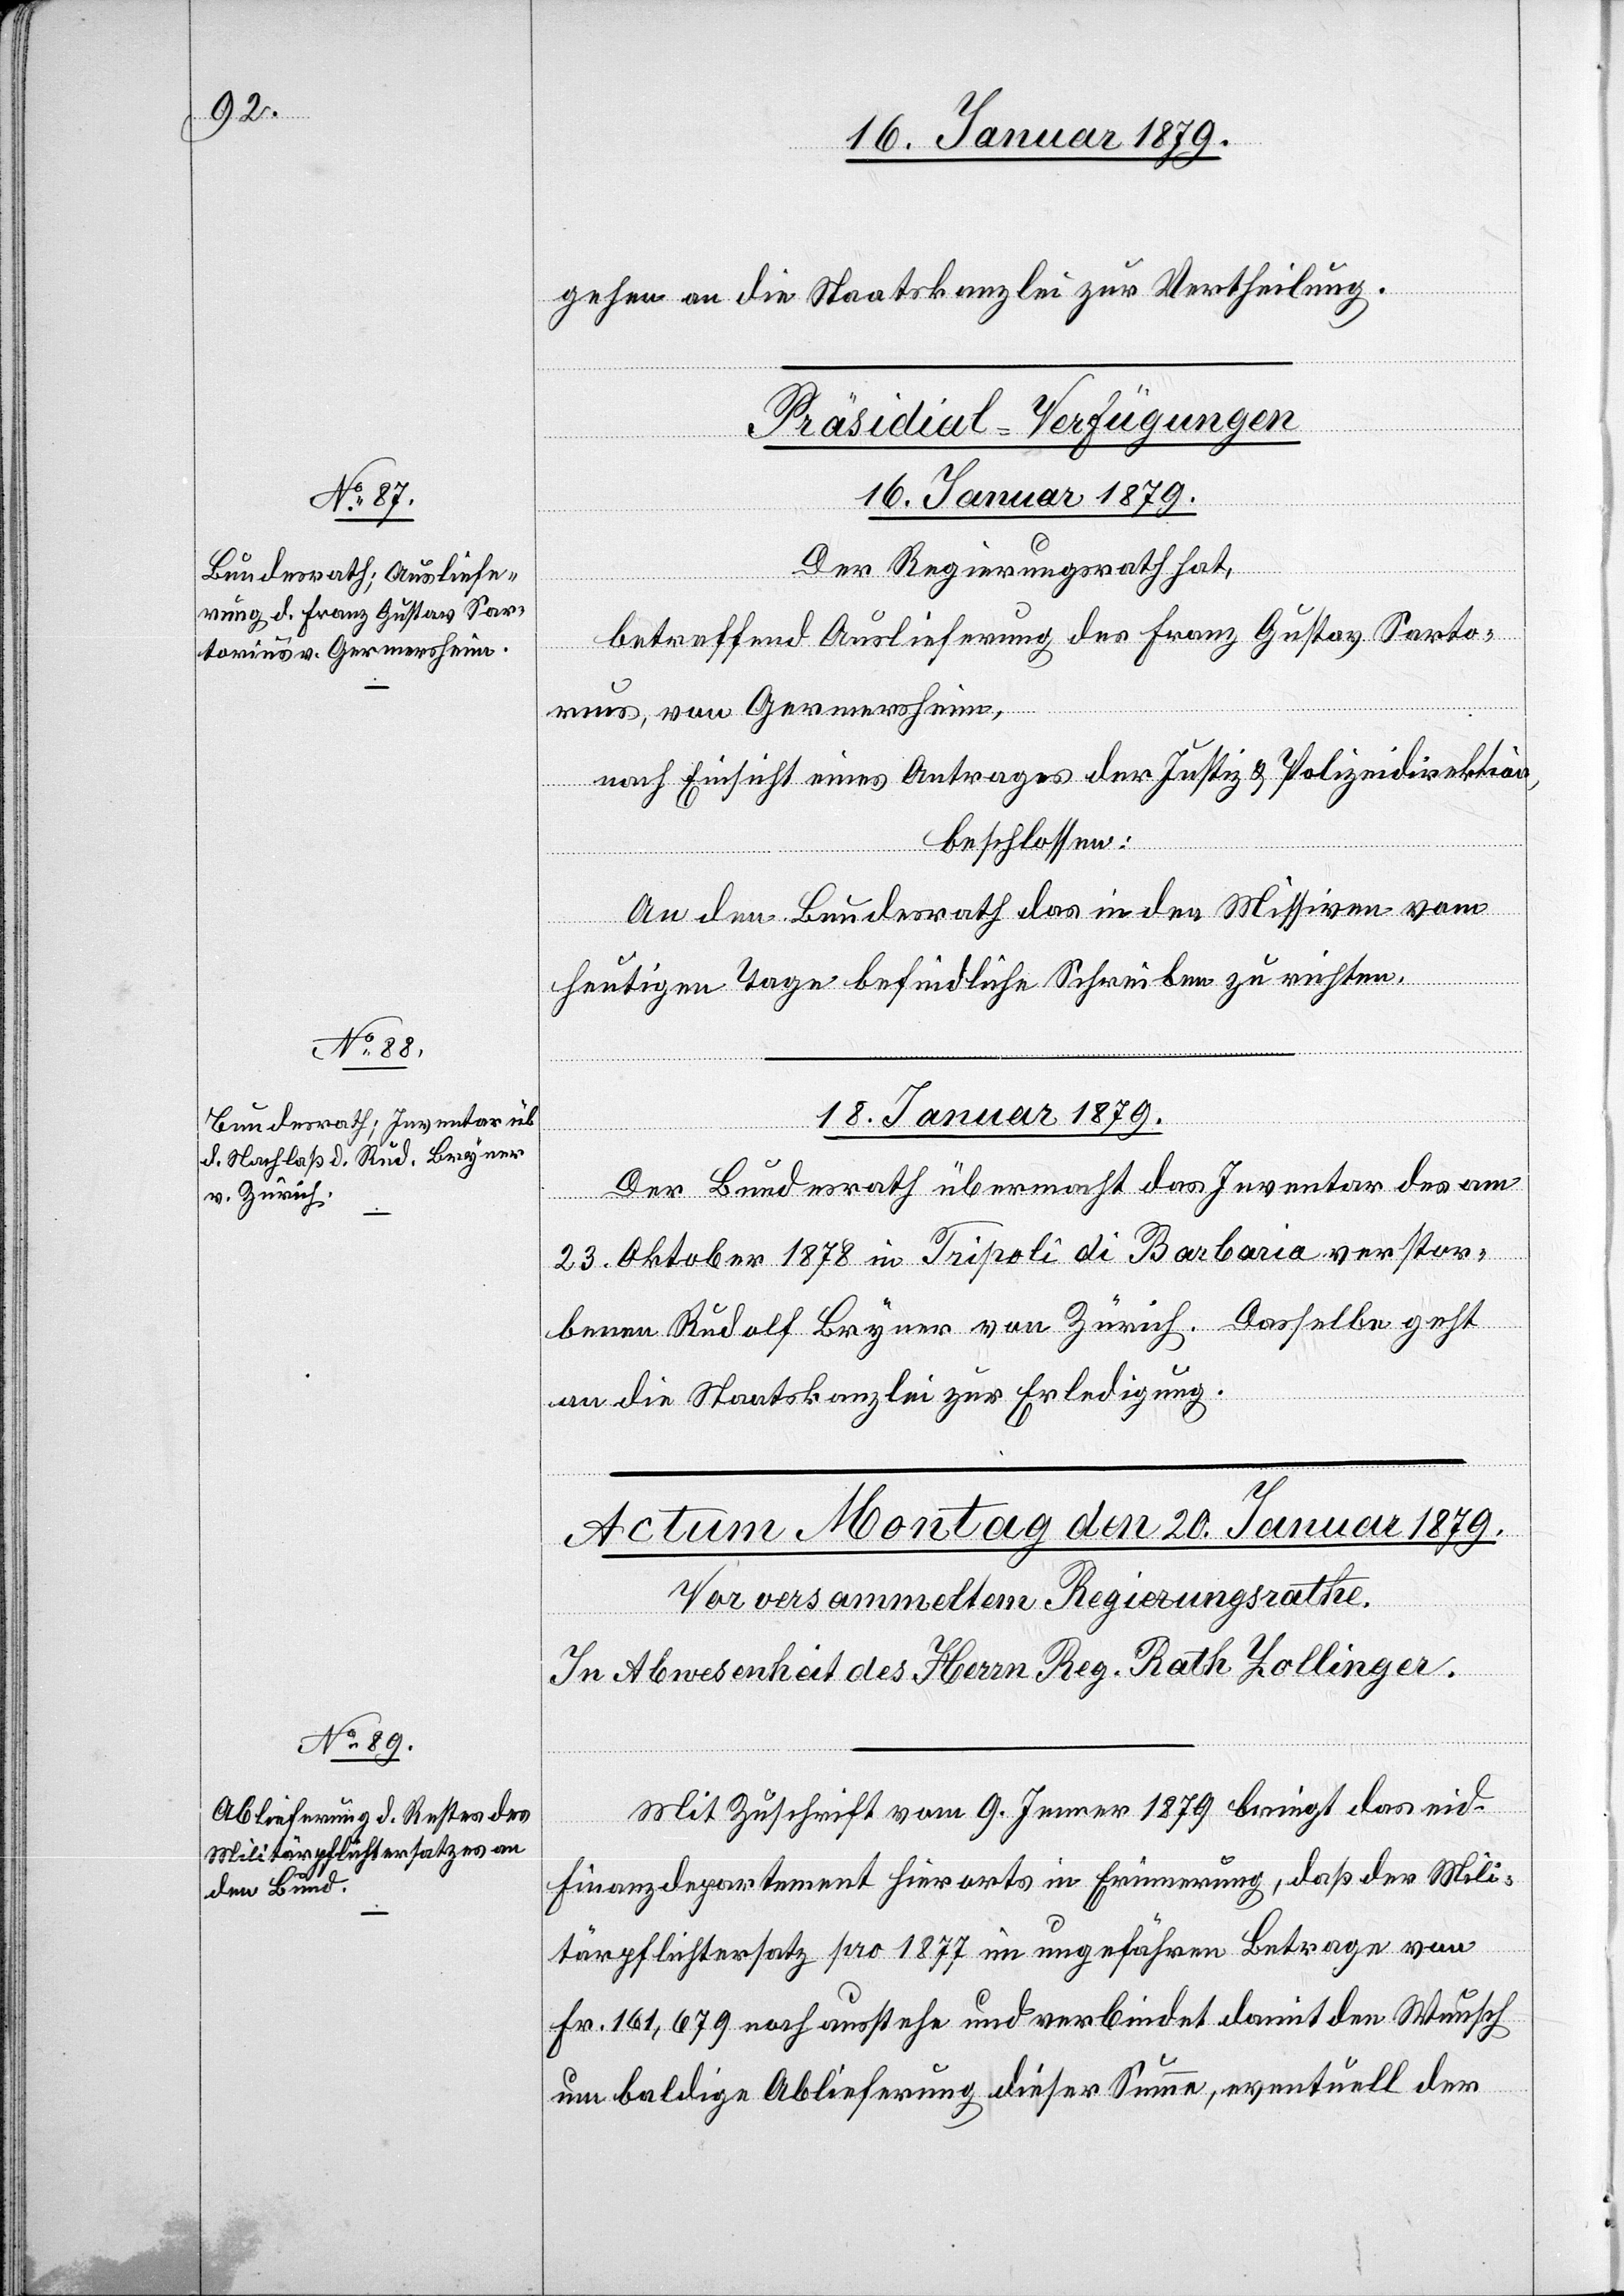
gehen an die Staatskanzlei zur Vertheilung.
[Präsidial-Verfügungen]
16. Januar 1879.
Der Regierungsrath hat,
betreffend Auslieferung des Franz Gustav Sarto¬
rius, von Germersheim,
nach Einsicht eines Antrages der Justiz- & Polizeidirektion,
beschlossen:
An den Bundesrath das in den Missiven vom
heutigen Tage befindliche Schreiben zu richten.
18. Januar 1879.
Der Bundesrath übermacht das Inventar des am
23. Oktober 1878 in Tripoli di Barbaria verstor¬
benen Rudolf Bryner von Zürich. Dasselbe geht
an die Staatskanzlei zur Erledigung.
Mit Zuschrift vom 9. Jenner 1879 bringt das eid.
Finanzdepartement hierorts in Erinnerung, daß der Mili¬
tärpflichtersatz pro 1877 im ungefähren Betrage von
Fr. 161,679 noch ausstehe und verbindet damit den Wunsch
um baldige Ablieferung dieser Summe, eventuell der